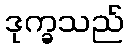
ဒုက္ခသည်